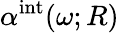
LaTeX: \alpha^{\mathrm{int}}(\omega;R)